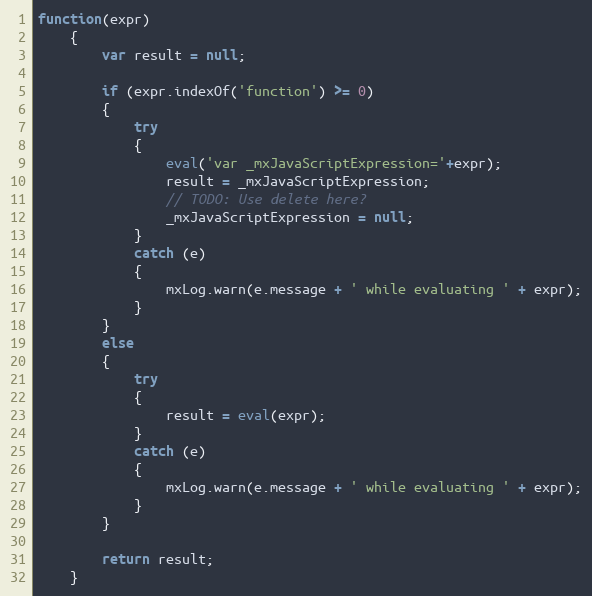
Language: JavaScript
function(expr)
	{
		var result = null;

		if (expr.indexOf('function') >= 0)
		{
			try
			{
				eval('var _mxJavaScriptExpression='+expr);
				result = _mxJavaScriptExpression;
				// TODO: Use delete here?
				_mxJavaScriptExpression = null;
			}
			catch (e)
			{
				mxLog.warn(e.message + ' while evaluating ' + expr);
			}
		}
		else
		{
			try
			{
				result = eval(expr);
			}
			catch (e)
			{
				mxLog.warn(e.message + ' while evaluating ' + expr);
			}
		}

		return result;
	}